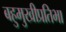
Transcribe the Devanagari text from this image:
बहुमुखीप्रतिभा